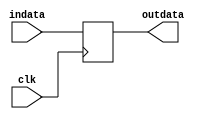
module dly_signal (clk, indata, outdata);
parameter WIDTH = 1;
input clk;
input [WIDTH-1:0] indata;
output [WIDTH-1:0] outdata;
reg [WIDTH-1:0] outdata, next_outdata;
always @(posedge clk) outdata = next_outdata;
always @*
begin
  #1;
  next_outdata = indata;
end
endmodule